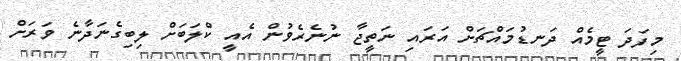
މިފަދަ ޓީމެއް ދަނޑުމައްޗަށް އަރައި ނަތީޖާ ނުނެރެވުން އެއީ ކްލަބަށް ލިބިގެނަދާނެ ވަރަށް